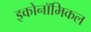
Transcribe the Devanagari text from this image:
इकोनॉमिकल